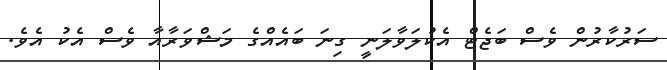
ސަރުކާރުން ވެސް ބަޖެޓް އެކުލަވާލަނީ ގިނަ ބައެއްގެ މަޝްވަރާއާ ވެސް އެކު އެވެ.